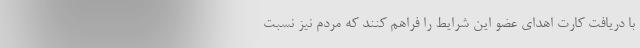
با دریافت کارت اهدای عضو این شرایط را فراهم کنند که مردم نیز نسبت